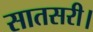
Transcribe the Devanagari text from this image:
सातसरी।